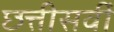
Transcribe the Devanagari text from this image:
छत्तीसवीं